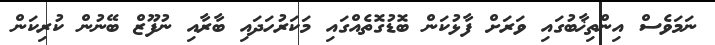
ނަމަވެސް އިންތިޚާބުގައި ވަރަށް ފާޅުކަން ބޮޑުގޮތެއްގައި މަކަރުހަދައި ބާރާއި ނުފޫޒް ބޭނުން ކުރިކަން